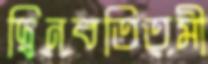
দ্বিনবতিতমী